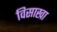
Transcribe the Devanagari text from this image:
विसाखा